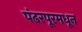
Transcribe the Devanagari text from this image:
पंढरपूरमधून